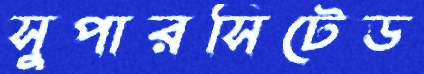
সুপারসিটেড